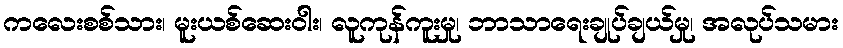
ကလေးစစ်သား၊ မူးယစ်ဆေးဝါး၊ လူကုန်ကူးမှု၊ ဘာသာရေးချုပ်ချယ်မှု၊ အလုပ်သမား